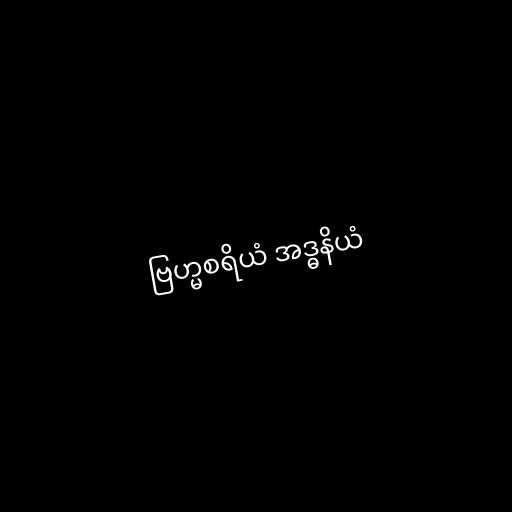
ဗြဟ္မစရိယံ အဒ္ဓနိယံ